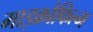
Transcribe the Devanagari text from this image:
माइक्रोफिल्‍म